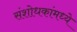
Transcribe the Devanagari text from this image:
संशोधकांमध्ये